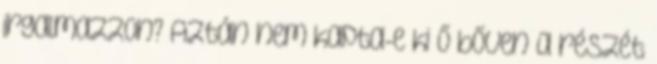
irgalmazzon? Aztán nem kapta-e ki ő bőven a részét